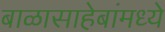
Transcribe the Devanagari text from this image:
बाळासाहेबांमध्ये